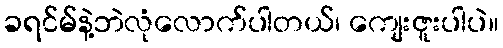
ခရင်မ်နဲ့ဘဲလုံလောက်ပါတယ်၊ ကျေးဇူးပါပဲ။